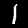
Label: 1